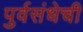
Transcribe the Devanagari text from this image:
पुर्वसंधेची